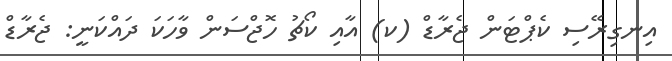
އިނގިރޭސި ކެޕްޓަން ޖެރާޑް (ކ) އާއި ކޯޗު ހޮޖްސަން ވާހަކަ ދައްކަނީ: ޖެރާޑް